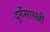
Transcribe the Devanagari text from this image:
दुर्गेसारखी